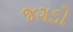
જગડો